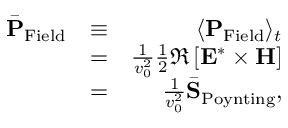
\begin{array} { r l r } { \bar { \bf P } _ { \mathrm { F i e l d } } } & { \equiv } & { \langle { \bf P } _ { \mathrm { F i e l d } } \rangle _ { t } } \\ & { = } & { \frac { 1 } { v _ { 0 } ^ { 2 } } \frac { 1 } { 2 } \Re \left[ { \bf E } ^ { * } \times { \bf H } \right] } \\ & { = } & { \frac { 1 } { v _ { 0 } ^ { 2 } } \bar { \bf S } _ { \mathrm { P o y n t i n g } } , } \end{array}